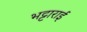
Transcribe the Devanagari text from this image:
भट्टाराई